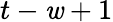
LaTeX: t-\mathit{w}+1